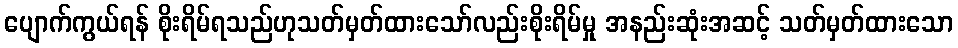
ပျောက်ကွယ်ရန် စိုးရိမ်ရသည်ဟုသတ်မှတ်ထားသော်လည်းစိုးရိမ်မှု အနည်းဆုံးအဆင့် သတ်မှတ်ထားသော